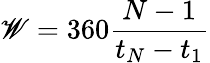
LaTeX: \mathscr{W}=360\frac{{N-1}}{{t_{N}-t_{1}}}